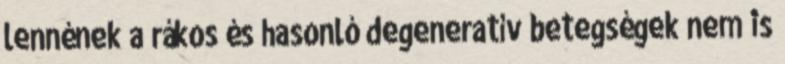
lennének a rákos és hasonló degeneratív betegségek nem is